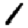
Digit: 1